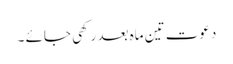
دعوت تین ماہ بعد رکھی جائے ۔